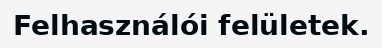
Felhasználói felületek.